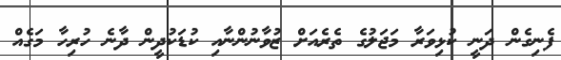
ފެނިގެން ދަނީ ކުޅިވަރާ މަޖަލުގެ ތެރެއަށް ޒުވާނުންނާއި ކުޑަކުދީން ދާނެ ހުރިހާ މަގެއް